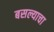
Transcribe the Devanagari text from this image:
बसल्याचा